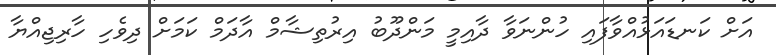
އަށް ކަނޑައަޅުއްވާފައި ހުންނަވާ ދާއިމީ މަންދޫބު އިރުތިޝާމް އާދަމް ކަމަށް ދިވެހި ހާރިޖިއްޔާ